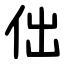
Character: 㑁